system: You are a helpful assistant.
user:
Analyze the provided spectrum to determine if it is a **Carbon Star (C-type)**.

- **Key Visual Indicators of Carbon Star:**
    - **(Primary):** Strong molecular absorption from **C₂ (diatomic carbon) "Swan Bands."** This is the **defining feature** of a carbon star.
        - **(Key Bandheads):** Sharp absorption edges are visible at approximately $5635$ Å, $5165$ Å (the strongest band), and $4737$ Å.
        - **(Line Profile):** Creates a distinct **"saw-tooth"** pattern. The key morphology is a sharp, steep bandhead on the **red (long-wavelength) side**, which then gradually tapers off (i.e., flux recovers) towards the **blue (short-wavelength) side**. *(This is the direct opposite of the TiO bands seen in M-type stars)*.

    - **(Secondary):** Intense **CN (cyanogen)** molecular absorption bands.
        - **(Key Bandheads):** Located in the blue and violet regions of the spectrum (e.g., near $4215$ Å and $3883$ Å).
        - **(Morphology):** These bands are extremely broad and act as a "blanket," absorbing the vast majority of blue and violet light. This creates a characteristic **"cliff"** or **"steep drop-off"** in the spectrum's flux at short wavelengths.

    - **(Key Confirmation):** Strong **CH absorption band (G-band)**.
        - **(Key Bandhead):** Located around $4300$ Å. The contribution from CH molecules to this band is exceptionally strong.

    - **(Overall Spectrum):**
        - The continuum is severely "chopped up" by these deep molecular bands, especially C₂, rather than appearing as a smooth curve.
        - Due to the heavy CN and C₂ absorption in the blue-green, the vast majority of the star's flux is concentrated in the red part of the spectrum, giving the star its characteristic deep red color.

Think first, call **spectral_visualization_tool** if needed to examine features in detail, then provide your final answer. Your response must adhere to the following strict rules:
1.  **Overall Structure:** Your response must follow the format `<think>...</think> <tool_call>...</tool_call> (if a tool is used) <answer>...</answer>`.
2.  **Tool Usage Constraint:** You may only make **one** tool call per turn.
3.  **Final Answer Format:** In the `<answer>` tag, your conclusion must be inside a `\boxed{}` command (e.g., `\boxed{YES}`), followed by your justification.

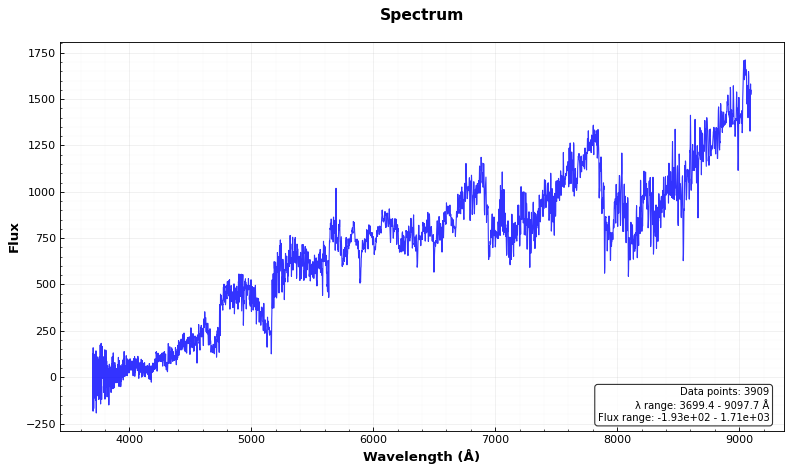
Answer: YES